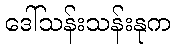
ဒေါ်သန်းသန်းနုက